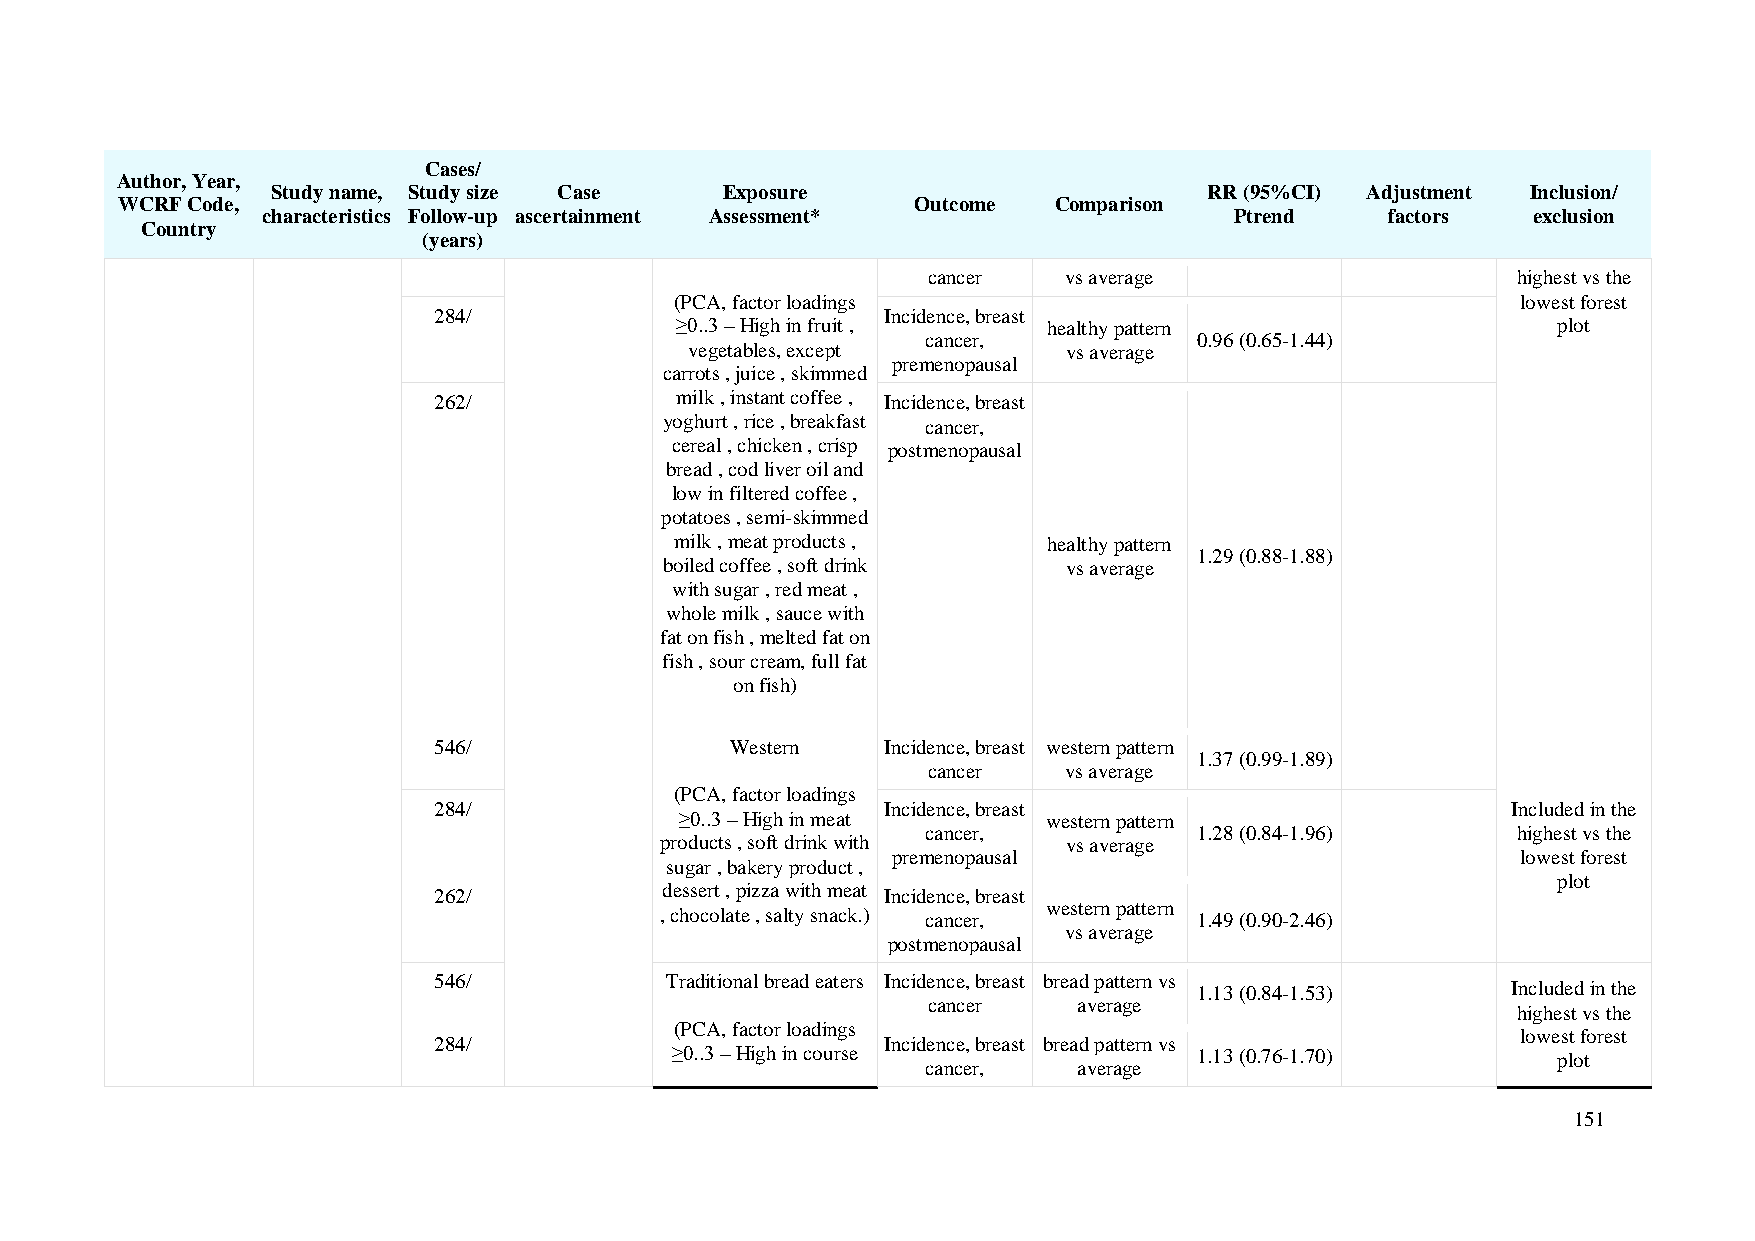
Cases/
 Author, Year,
 Study name, Study size Case   Exposure                        RR (95%CI) Adjustment Inclusion/
 WCRF Code,                                           Outcome  Comparison
 characteristics Follow-up ascertainment Assessment*              Ptrend    factors  exclusion
 Country
 (years)
 cancer    vs average                   highest vs the
 (PCA, factor loadings                                   lowest forest
 284/                          Incidence, breast
 ≥0..3 – High in fruit , healthy pattern                   plot
 cancer,           0.96 (0.65-1.44)
 vegetables, except       vs average
 premenopausal
 carrots , juice , skimmed
 262/            milk , instant coffee , Incidence, breast
 yoghurt , rice , breakfast cancer,
 cereal , chicken , crisp postmenopausal
 bread , cod liver oil and
 low in filtered coffee ,
 potatoes , semi-skimmed
 milk , meat products ,  healthy pattern
 1.29 (0.88-1.88)
 boiled coffee , soft drink vs average
 with sugar , red meat ,
 whole milk , sauce with
 fat on fish , melted fat on
 fish , sour cream, full fat
 on fish)
 546/               Western    Incidence, breast western pattern
 1.37 (0.99-1.89)
 cancer    vs average
 (PCA, factor loadings
 284/                          Incidence, breast                        Included in the
 ≥0..3 – High in meat    western pattern
 cancer,           1.28 (0.84-1.96)     highest vs the
 products , soft drink with vs average
 premenopausal                             lowest forest
 sugar , bakery product ,
 plot
 262/           dessert , pizza with meat Incidence, breast
 western pattern
 , chocolate , salty snack.) cancer, 1.49 (0.90-2.46)
 vs average
 postmenopausal
 546/           Traditional bread eaters Incidence, breast bread pattern vs
 1.13 (0.84-1.53)     Included in the
 cancer    average
 highest vs the
 (PCA, factor loadings
 lowest forest
 284/                          Incidence, breast bread pattern vs
 ≥0..3 – High in course             1.13 (0.76-1.70)        plot
 cancer,   average
 151